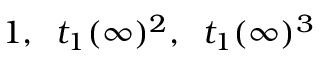
1 , \; \; t _ { 1 } ( \infty ) ^ { 2 } , \; \; t _ { 1 } ( \infty ) ^ { 3 }